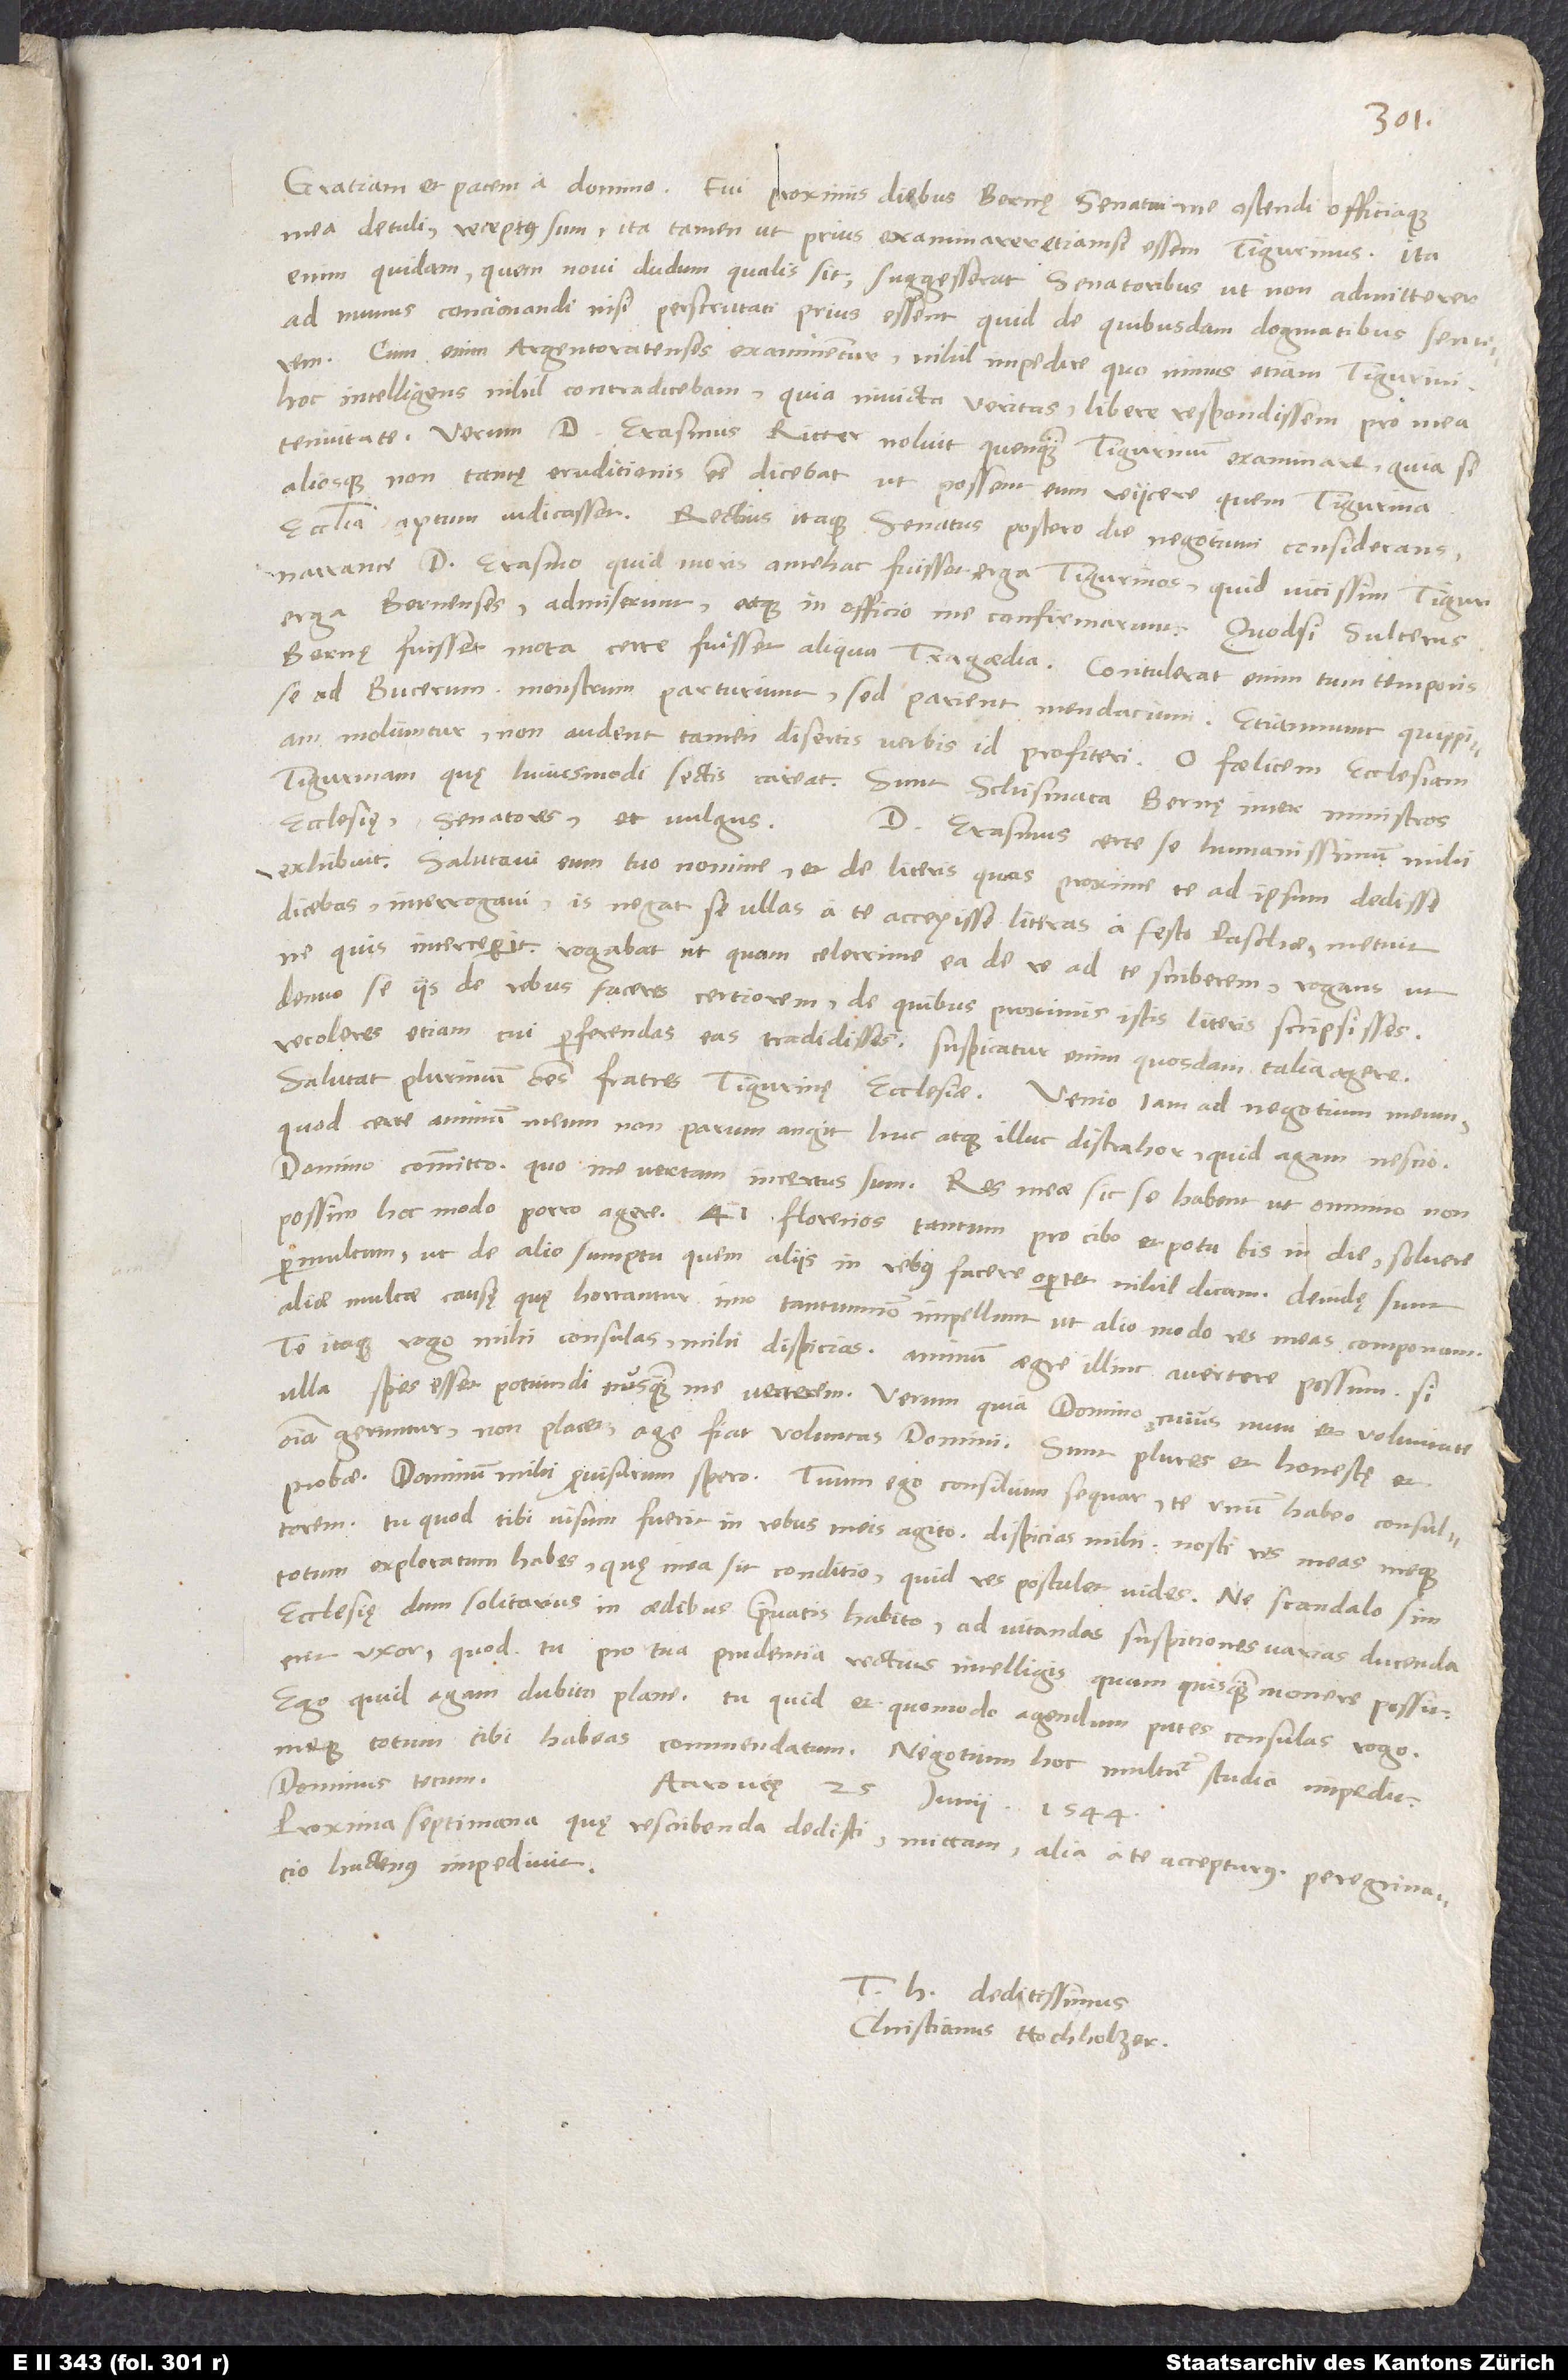
Gratiam et pacem a domino. Fui proximis diebus Bernę, senatui me ostendi officiaque
mea detuli. Receptus sum, ita tamen, ut prius examinarer, etiamsi essem Tigurinus. Ita
enim quidam, quem novi dudum, qualis sit, suggesserat senatoribus, ut non admitterer
ad munus concionandi, nisi perscrutati prius essent, quid de quibusdam dogmatibus sentirem.
Cum enim Argentoratenses examinentur, nihil impedire, quo minus etiam Tigurini.
Hoc intelligens nihil contradicebam, quia invicta veritas; libere respondissem pro mea
tenuitate. Verum d. Erasmus Ritter noluit quenquam Tigurinum examinare, quia se
aliosque non tantę eruditionis esse dicebat, ut possent eum reiicere, quem Tigurina
ecclesia aptum iudicasset. Rectius itaque senatus postero die negotium considerans
narrante d. Erasmo, quid moris antehac fuisset erga Tigurinos, quid vicissim Tiguri
erga Bernenses, admiserunt atque in officio me confirmarunt. Quodsi Sulcerus
Bernę fuisset, mota certe fuisset aliqua tragoedia. Contulerat enim tum temporis
se ad Bucerum. Monstrum parturiunt, sed parient mendacium. Etiamnunc quippiam
moliuntur, non audent tamen disertis verbis id profiteri. O foelicem ecclesiam
Tigurinam, quę huiusmodi sectis careat! Sunt schismata Bernę inter ministros
ecclesię, senatores et vulgus.
D. Erasmus certe se humanissimum mihi
exhibuit. Salutavi eum tuo nomine et de literis, quas proxime te ad ipsum dedisse
dicebas, interrogavi. Is negat se ullas a te accepisse literas a festo paschae. Metuit,
ne quis interceperit. Rogabat, ut quam celerrime ea de re ad te scriberem rogans, ut
denuo se iis de rebus faceres certiorem, de quibus proximis istis literis scripsisses,
recoleres etiam, cui perferendas eas tradidisses. Suspicatur enim quosdam talia agere.
Salutat plurimum omnes fratres Tigurinę ecclesiae. Venio iam ad negotium meum,
quod certe animum meum non parum angit. Huc atque illuc distrahor, quid agam, nescio.
Domino committo. Quo me vertam, incertus sum. Res meae sic se habent, ut omnino non
possim hoc modo porro agere. 41 florenos tantum pro cibo et potu bis in die solvere
permultum, ut de alio sumptu, quem aliis in rebus facere oportet, nihil dicam. Deindę sunt
aliae multae causę, quę hortantur, imo tantumnon impellunt, ut alio modo res meas componam.
Te itaque rogo, mihi consulas, mihi dispicias. Animum aegre illinc avertere possum; si
ulla spes esset potiundi, nusquam me verterem. Verum quia domino, cuius nutu et voluntate
omnia geruntur, non placet, age, fiat voluntas domini. Sunt plures et honestę et
probae; dominum mihi provisurum spero. Tuum ego consilium sequar, te unum habeo consultorem.
Tu, quod tibi visum fuerit, in rebus meis agito, dispicias mihi. Nosti res meas meque
totum exploratum habes, quę mea sit conditio, quid res postulet, vides. Ne scandalo sim
ecclesię, dum solitarius in aedibus privatis habito, ad vitandas suspiciones varias ducenda
erit uxor, quod tu pro tua prudentia rectius intelligis, quam quisquam monere possit.
Ego quid agam, dubito plane. Tu, quid et quomodo agendum putes, consulas, rogo,
meque totum tibi habeas commendatum. Negotium hoc multum studia impedit.
Dominus tecum.
Aarovię,
25. iunii 1544.
Proxima septimana quę rescribenda dedisti, mittam alia a te accepturus. Peregrinacio
hactenus impedivit.
T deditissimus
Christianus Hochholzer.